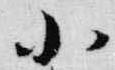
小